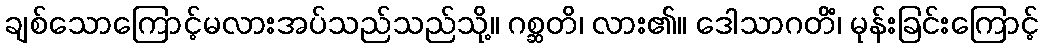
ချစ်သောကြောင့်မလားအပ်သည်သည်သို့။ ဂစ္ဆတိ၊ လား၏။ ဒေါသာဂတိံ၊ မုန်းခြင်းကြောင့်